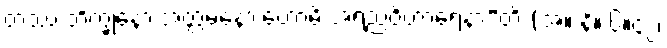
တဿ ဘိက္ခုနော အတ္တမနော ဟောမိ အရညဝိဟာရေနာ”တိ (အ။ နိ။ ၆။၄၂၊